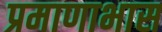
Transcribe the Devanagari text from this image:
प्रमाणाभास